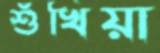
শুঁখিয়া